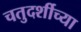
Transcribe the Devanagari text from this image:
चतुदर्शीच्या